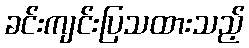
ခင်းကျင်းပြသထားသည့်